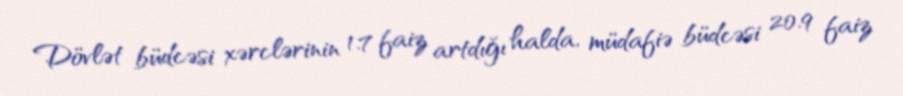
Dövlət büdcəsi xərclərinin 1.7 faiz artdığı halda, müdafiə büdcəsi 20.9 faiz